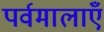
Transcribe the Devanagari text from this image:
पर्वमालाएँ